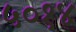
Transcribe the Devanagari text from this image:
५०१४